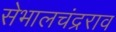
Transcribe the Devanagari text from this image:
सेभालचंद्रराव